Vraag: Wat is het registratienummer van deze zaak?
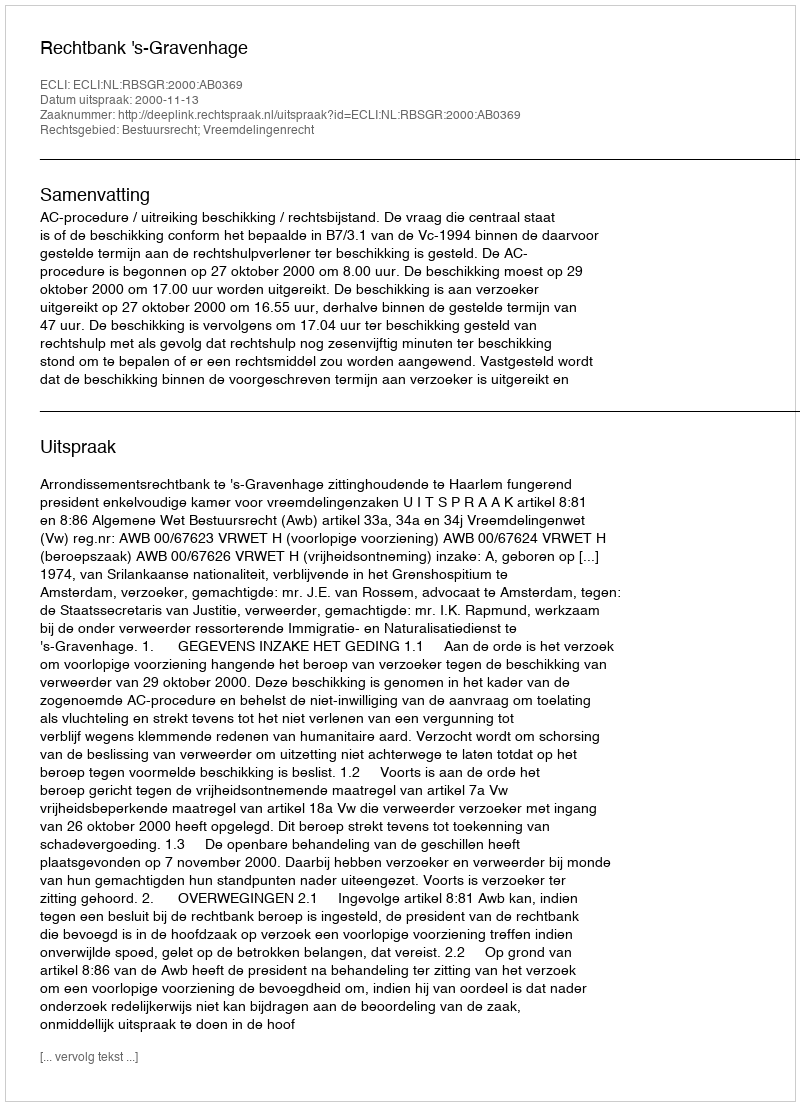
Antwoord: http://deeplink.rechtspraak.nl/uitspraak?id=ECLI:NL:RBSGR:2000:AB0369